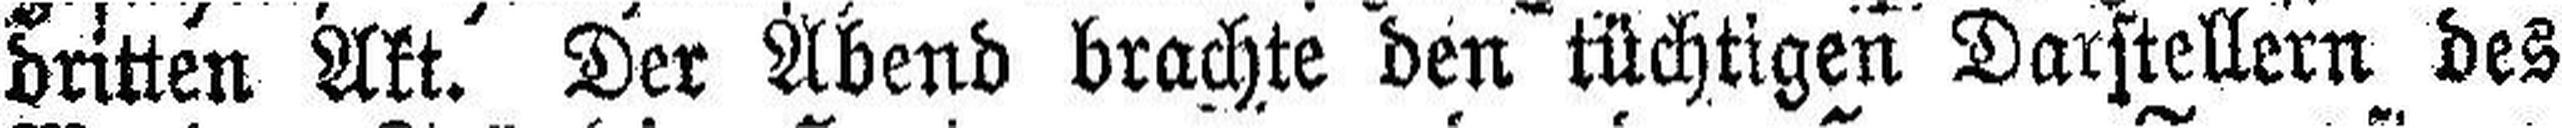
britten Akt. Der Abend brachte den tüchtigen Darstellern des